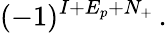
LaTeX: (-1)^{I+E_{p}+N_{+}}\, .